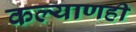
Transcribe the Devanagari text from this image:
कल्याणही